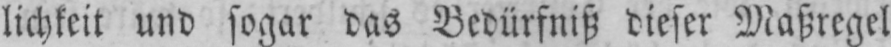
lichkeit und sogar das Bedürfniß dieser Maßregel